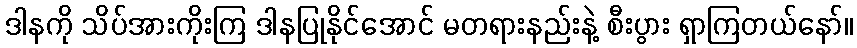
ဒါနကို သိပ်အားကိုးကြ ဒါနပြုနိုင်အောင် မတရားနည်းနဲ့ စီးပွား ရှာကြတယ်နော်။